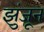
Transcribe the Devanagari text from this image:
झुंजून